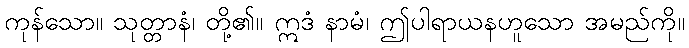
ကုန်သော။ သုတ္တာနံ၊ တို့၏။ ဣဒံ နာမံ၊ ဤပါရာယနဟူသော အမည်ကို။